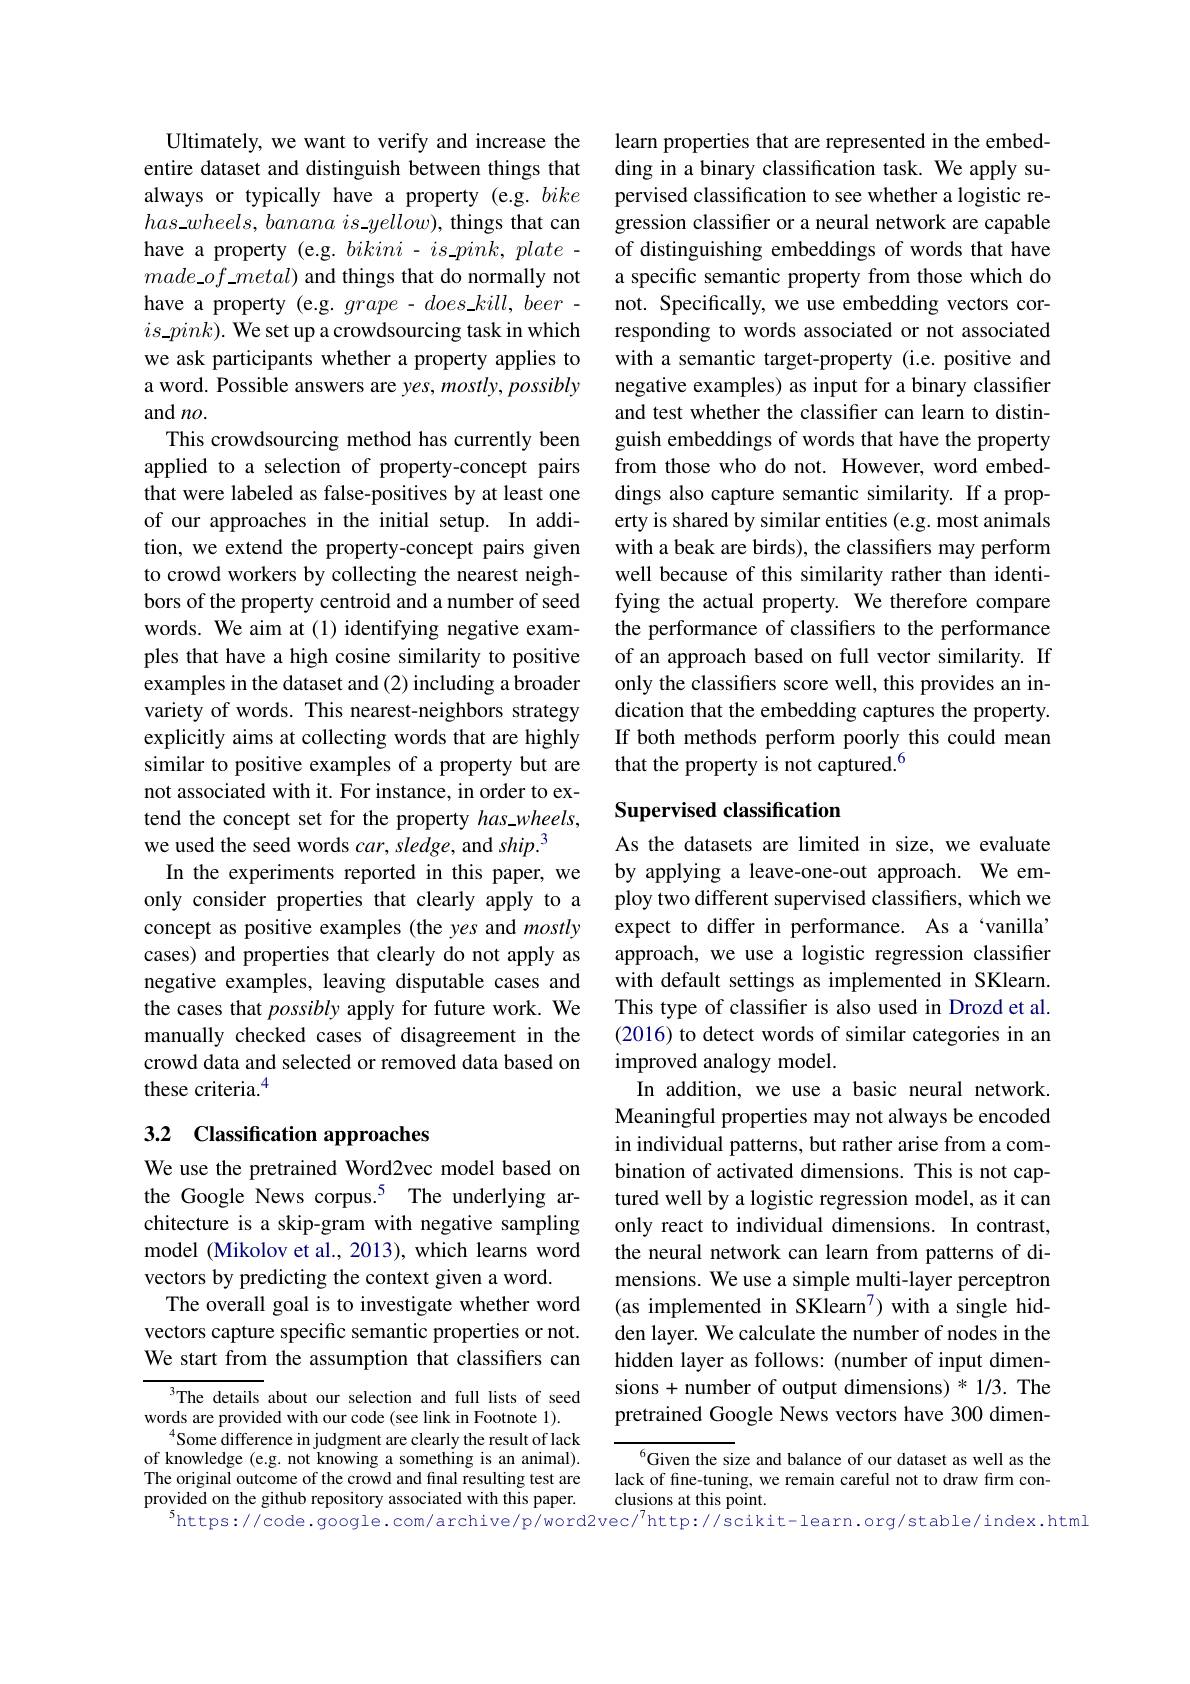
Ultimately, we want to verify and increase the entire dataset and distinguish between things that always or typically have a property (e.g. bike $has\_wheels,bananais\_yellow)$, things that can have a property (e.g. $bikini-is\_pink,plate$ - $made\_of\_metal)$ and things that do normally not have a property (e.g. $grape- does\_ kill, beer$ - $is\_pink).$ We set up a crowdsourcing task in which we ask participants whether a property applies to a word. Possible answers are yes, mostly, possibly and $no.$
This crowdsourcing method has currently been applied to a selection of property-concept pairs that were labeled as false-positives by at least one of our approaches in the initial setup. In addition, we extend the property-concept pairs given to crowd workers by collecting the nearest neighbors of the property centroid and a number of seed words. We aim at (1) identifying negative examples that have a high cosine similarity to positive examples in the dataset and (2) including a broader variety of words. This nearest-neighbors strategy explicitly aims at collecting words that are highly similar to positive examples of a property but are not associated with it. For instance, in order to extend the concept set for the property has.wheels, we used the seed words $car,sledge$, and ship.$^3$
In the experiments reported in this paper, we only consider properties that clearly apply to a concept as positive examples (the yes and mostly cases) and properties that clearly do not apply as negative examples, leaving disputable cases and the cases that possibly apply for future work. We manually checked cases of disagreement in the crowd data and selected or removed data based on these criteria.$^{4}$

# 3.2 Classification approaches

We use the pretrained Word2vec model based on the Google News corpus.$^{5}$ The underlying architecture is a skip-gram with negative sampling model (Mikolov et al., 2013), which learns word vectors by predicting the context given a word.
The overall goal is to investigate whether word vectors capture specific semantic properties or not. We start from the assumption that classifiers can

The details about our selection and full lists of seed words are provided with our code (see link in Footnote 1).
$^{4}$Some difference in judgment are clearly the result of lack of knowledge (e.g. not knowing a something is an animal). The original outcome of the crowd and final resulting test are provided on the github repository associated with this paper.
$^{5}$https://code.google.com/archive/p/word2vec/$^7$http://scikit-learn.org/stable/index.html

learn properties that are represented in the embedding in a binary classification task. We apply supervised classification to see whether a logistic regression classifier or a neural network are capable of distinguishing embeddings of words that have a specific semantic property from those which do not. Specifically, we use embedding vectors corresponding to words associated or not associated with a semantic target-property (i.e. positive and negative examples) as input for a binary classifier and test whether the classifier can learn to distinguish embeddings of words that have the property from those who do not. However, word embeddings also capture semantic similarity. If a property is shared by similar entities (e.g. most animals with a beak are birds), the classifiers may perform well because of this similarity rather than identifying the actual property. We therefore compare the performance of classifers to the performance of an approach based on full vector similarity. If only the classifiers score well, this provides an indication that the embedding captures the property. If both methods perform poorly this could mean that the property is not captured.$^{6}$

## Supervised classification

As the datasets are limited in size, we evaluate by applying a leave-one-out approach. We employ two different supervised classifiers, which we expect to differ in performance. As a‘vanilla’ approach, we use a logistic regression classifier with default settings as implemented in SKlearn. This type of classifier is also used in Drozd et al. (2016) to detect words of similar categories in an improved analogy model.
In addition, we use a basic neural network. Meaningful properties may not always be encoded in individual patterns, but rather arise from a combination of activated dimensions. This is not captured well by a logistic regression model, as it can only react to individual dimensions. In contrast, the neural network can learn from patterns of dimensions. We use a simple multi-layer perceptron (as implemented in SKlearn$^7$) with a single hidden layer. We calculate the number of nodes in the hidden layer as follows: (number of input dimensions + number of output dimensions) * 1/3. The pretrained Google News vectors have 300 dimen-

Given the size and balance of our dataset as well as the lack of fine-tuning, we remain careful not to draw firm conclusions at this point.